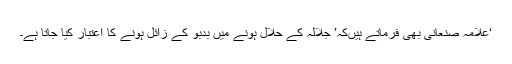
‘علامہ صنعانی بھی فرماتے ہیںکہ’ جلالہ کے حلال ہونے میں بدبو کے زائل ہونے کا اعتبار کیا جاتا ہے۔